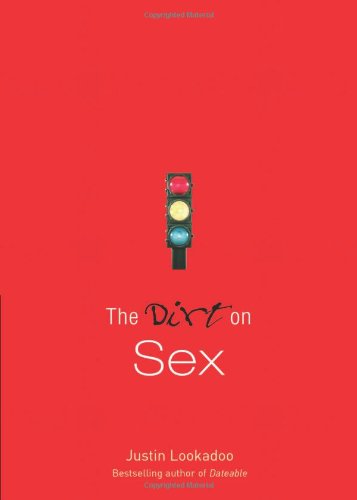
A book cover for The Dirt on Sex; Justin Lookadoo; Teen & Young Adult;